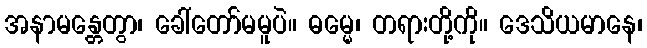
အနာမန္တေတွာ၊ ခေါ်တော်မမူပဲ။ ဓမ္မေ၊ တရားတို့ကို။ ဒေသိယမာနေ၊